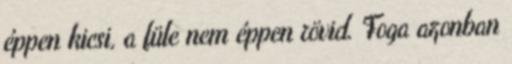
éppen kicsi, a füle nem éppen rövid. Foga azonban